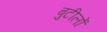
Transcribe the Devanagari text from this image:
बुटीलों